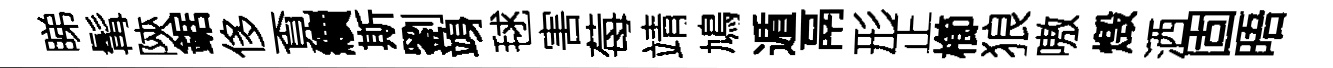
睇髯陝鋸侈覔續斯劉竧毬害莓靖鳩遁鬲形正櫛狼嗷燬洒固晤